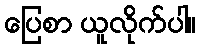
ပြေစာ ယူလိုက်ပါ။